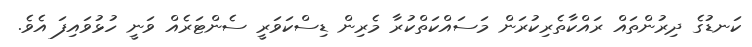
ކަނޑުގެ ދިރުންތައް ރައްކާތެރިކުރަން މަސައްކަތްކުރާ މެރިން ޑިސްކަވަރީ ސެންޓަރެއް ވަނީ ހުޅުވައިފަ އެވެ.